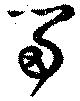
留